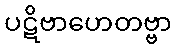
ပဋိဗာဟေတဗ္ဗာ